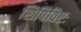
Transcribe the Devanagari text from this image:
शिपिविष्टः